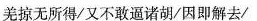
羌掠无所得/又不敢逼诸胡/因即解去/